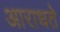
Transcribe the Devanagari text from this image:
आराधते